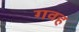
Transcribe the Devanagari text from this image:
गवह